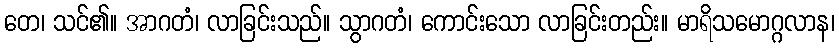
တေ၊ သင်၏။ အာဂတံ၊ လာခြင်းသည်။ သွာဂတံ၊ ကောင်းသော လာခြင်းတည်း။ မာရိသမောဂ္ဂလာန၊